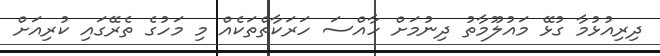
ދިރިއުޅުމާ ގުޅޭ މައުލޫމާތު ދިނުމަށް ހާއްސަ ހަރަކާތްތަކެއް މި މަހުގެ ތެރޭގައި ކުރިއަށް